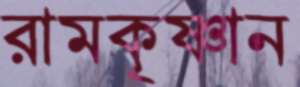
রামকৃষ্ণান